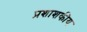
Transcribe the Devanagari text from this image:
प्रशाशकीय